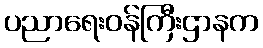
ပညာရေးဝန်ကြီးဌာနက